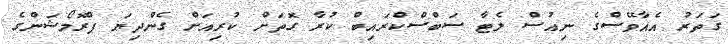
ގަތަރު އެއާވޭސްގެ ނިއުސް ލެޓާ ސަބްސްކްރައިބް ކުރާ ގޮތަށް ކުރިއަށް ގެންދިޔަ ޕްރޮމޯޝަންގެ